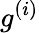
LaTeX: {g^{(i)}}